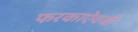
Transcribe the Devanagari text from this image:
फरकाऐवजी